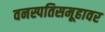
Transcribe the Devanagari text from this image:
वनस्पतिसमूहावर